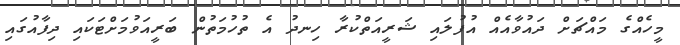
މީހެއްގެ މައްޗަށް ދައުވާއެއް އުފުލައި ޝަރީއަތްކުރާ ހިނދު އެ ތުހުމަތުން ބަރީއަވުމަށްޓަކައި ދިފާއުގައި